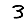
Digit: 3